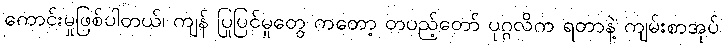
ကောင်းမှုဖြစ်ပါတယ်၊ ကျန် ပြုပြင်မှုတွေ ကတော့ တပည့်တော် ပုဂ္ဂလိက ရတာနဲ့ ကျမ်းစာအုပ်